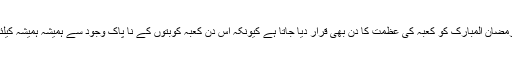
اسی حوالے سے 10 رمضان المبارک کو کعبہ کی عظمت کا دن بھی قرار دیا جاتا ہے کیونکہ اس دن کعبہ کوبتوں کے نا پاک وجود سے ہمیشہ ہمیشہ کیلئے پاک کر دیا گیا تھا۔